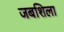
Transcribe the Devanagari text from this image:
जबशिला